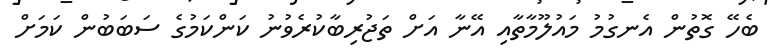
ބެހޭ ގޮތުން އެނގުމު މައުލޫމާތާއި އޭނާ އަށް ތަޖުރިބާކުރެވުނު ކަންކަމުގެ ސަބަބުން ކަމަށް